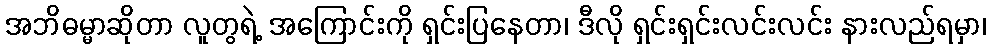
အဘိဓမ္မာဆိုတာ လူတွရဲ့ အကြောင်းကို ရှင်းပြနေတာ၊ ဒီလို ရှင်းရှင်းလင်းလင်း နားလည်ရမှာ၊